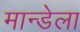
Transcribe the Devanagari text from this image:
मान्डेला